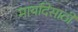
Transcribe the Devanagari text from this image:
मार्यादेसाठी